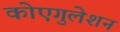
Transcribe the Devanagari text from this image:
कोएगुलेशन